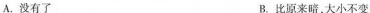
A.没有了 B.比原来略，大小不变